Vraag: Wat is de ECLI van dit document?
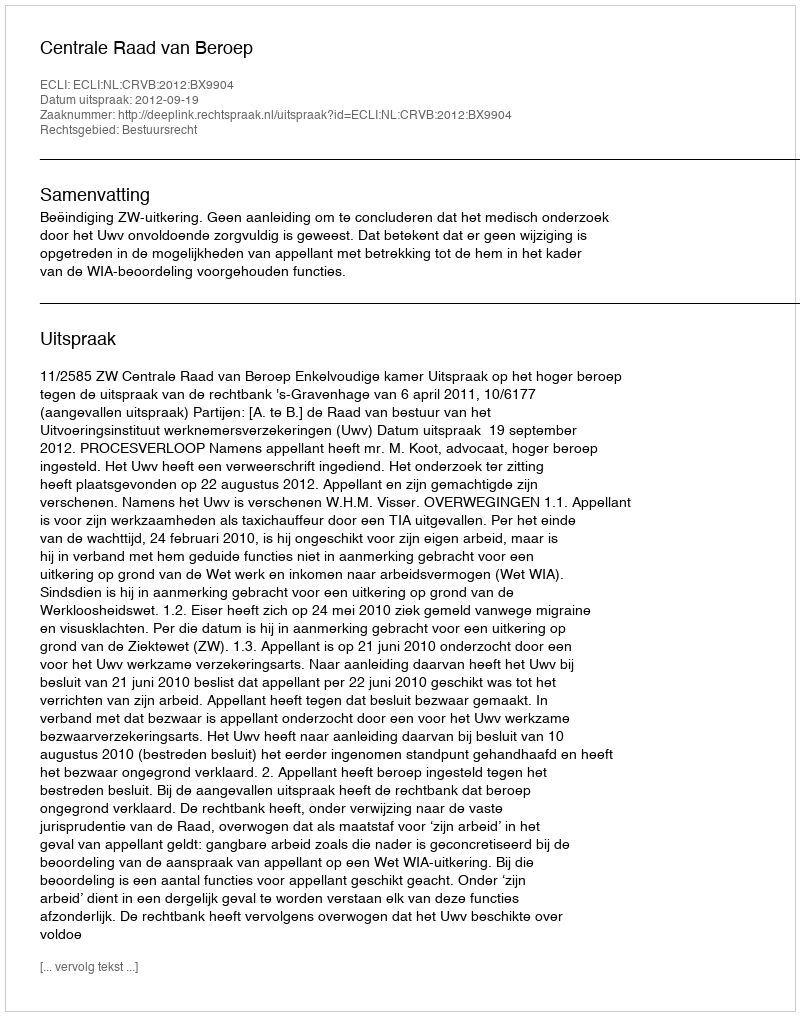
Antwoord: ECLI:NL:CRVB:2012:BX9904